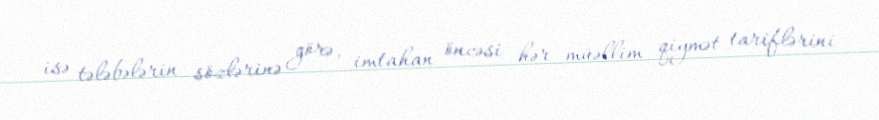
isə tələbələrin sözlərinə görə, imtahan öncəsi hər müəllim qiymət tariflərini